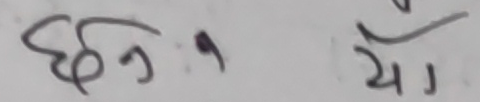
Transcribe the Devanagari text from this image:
छैन यो